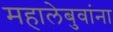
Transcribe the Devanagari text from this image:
महालेबुवांना